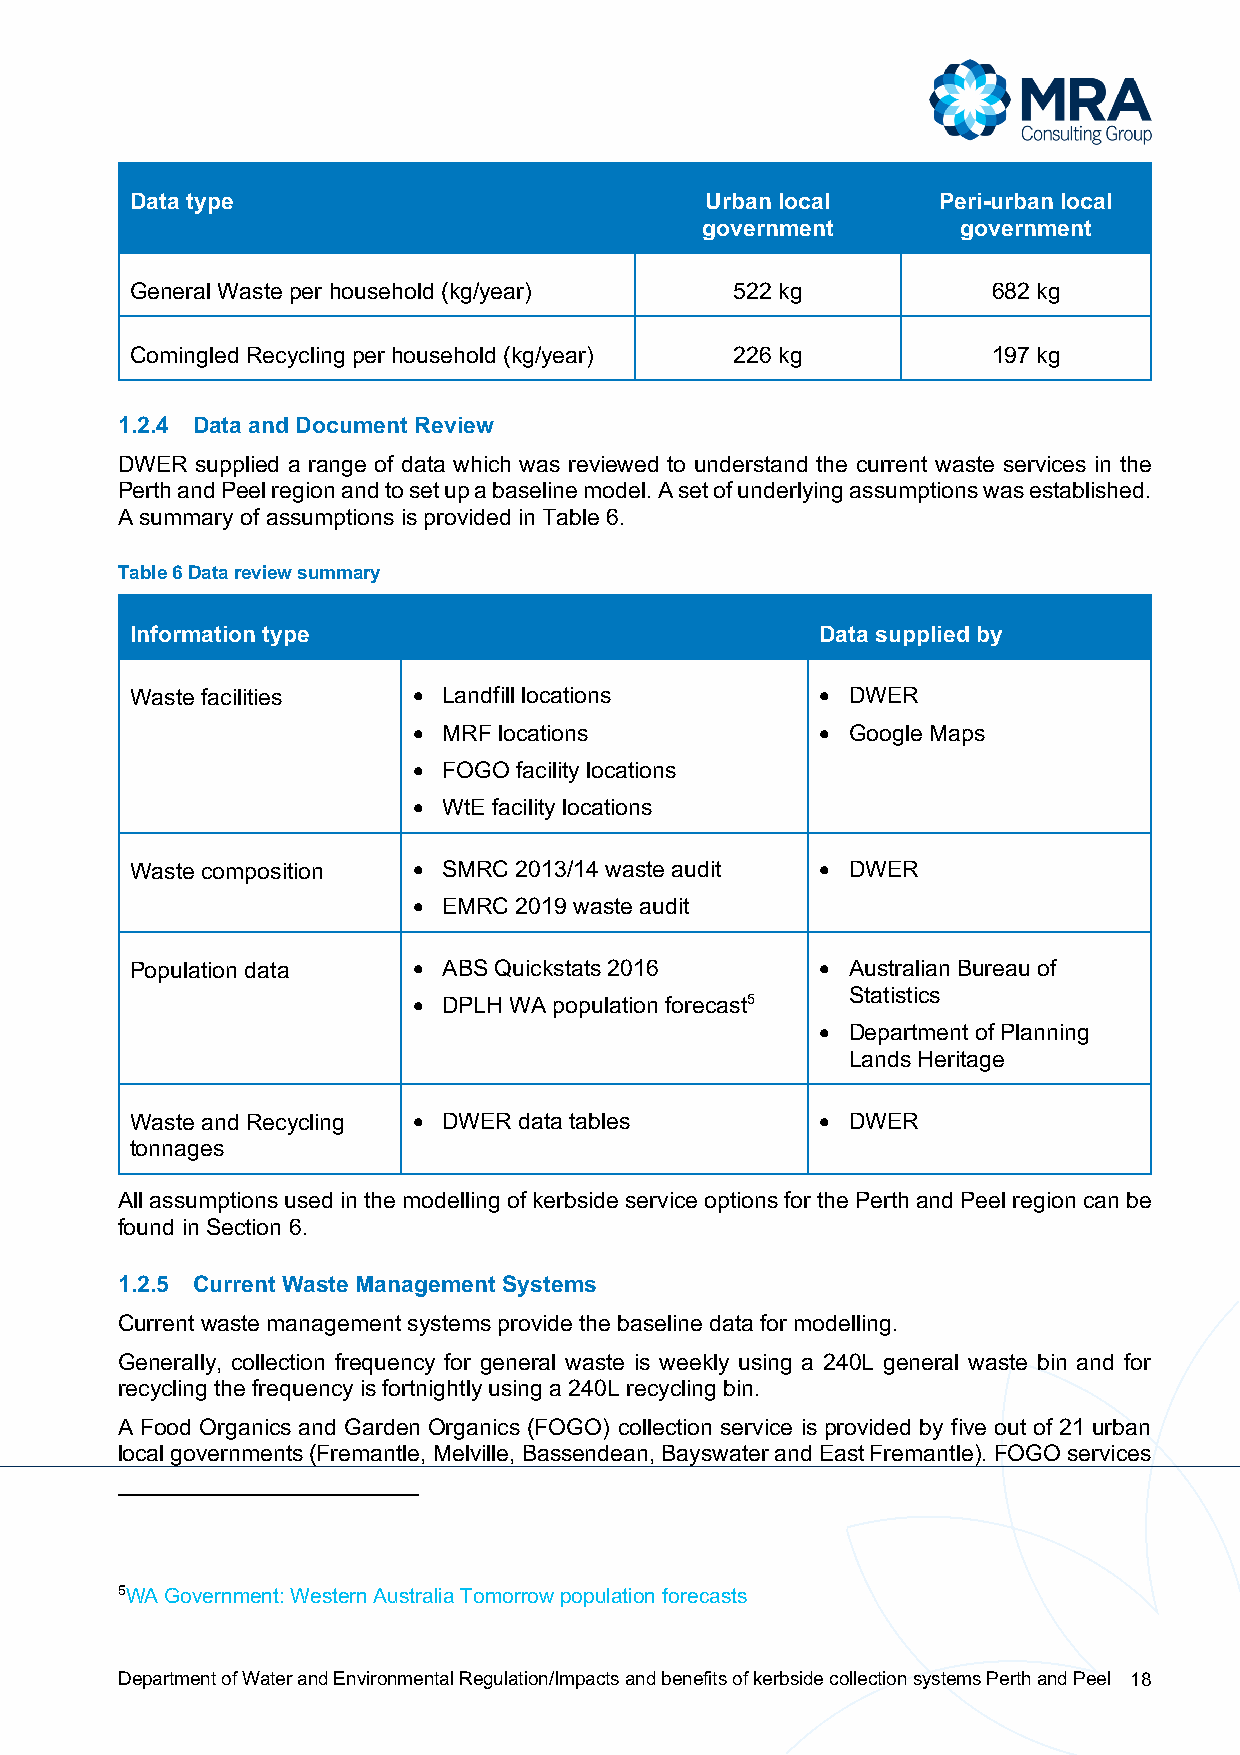
Data type                             Urban local    Peri-urban local
 government        government
 General Waste per household (kg/year)   522 kg           682 kg
 Comingled Recycling per household (kg/year) 226 kg       197 kg
 1.2.4 Data and Document Review
 DWER supplied a range of data which was reviewed to understand the current waste services in the
 Perth and Peel region and to set up a baseline model. A set of underlying assumptions was established.
 A summary of assumptions is provided in Table 6.
 Table 6 Data review summary
 Information type                             Data supplied by
 Waste facilities  • Landfill locations       • DWER
 • MRF locations            • Google Maps
 • FOGO facility locations
 • WtE facility locations
 Waste composition • SMRC 2013/14 waste audit • DWER
 • EMRC 2019 waste audit
 Population data   • ABS Quickstats 2016      • Australian Bureau of
 Statistics
 • DPLH WA population forecast5
 • Department of Planning
 Lands Heritage
 Waste and Recycling • DWER data tables       • DWER
 tonnages
 All assumptions used in the modelling of kerbside service options for the Perth and Peel region can be
 found in Section 6.
 1.2.5 Current Waste Management Systems
 Current waste management systems provide the baseline data for modelling.
 Generally, collection frequency for general waste is weekly using a 240L general waste bin and for
 recycling the frequency is fortnightly using a 240L recycling bin.
 A Food Organics and Garden Organics (FOGO) collection service is provided by five out of 21 urban
 local governments (Fremantle, Melville, Bassendean, Bayswater and East Fremantle). FOGO services
 5WA Government: Western Australia Tomorrow population forecasts
 Department of Water and Environmental Regulation/Impacts and benefits of kerbside collection systems Perth and Peel 18